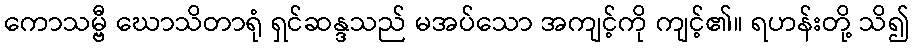
ကောသမ္ဗီ ဃောသိတာရုံ ရှင်ဆန္ဒသည် မအပ်သော အကျင့်ကို ကျင့်၏။ ရဟန်းတို့ သိ၍